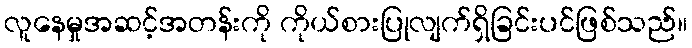
လူနေမှုအဆင့်အတန်းကို ကိုယ်စားပြုလျက်ရှိခြင်းပင်ဖြစ်သည်။